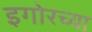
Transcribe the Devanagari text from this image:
इगोरच्या